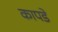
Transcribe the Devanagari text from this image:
कापडे